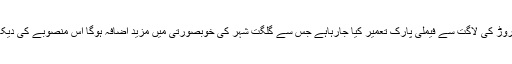
انہوں نے کہا کہ ڈھائی کروڑ کی لاگت سے فیملی پارک تعمیر کیا جارہاہے جس سے گلگت شہر کی خوبصورتی میں مزید اضافہ ہوگا اس منصوبے کی دیکھ بال کو یقینی بنایا جائے۔